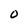
Character: 0